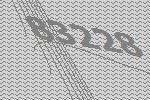
83228